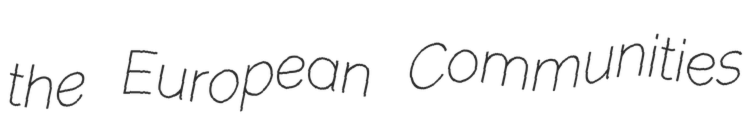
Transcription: the European Communities